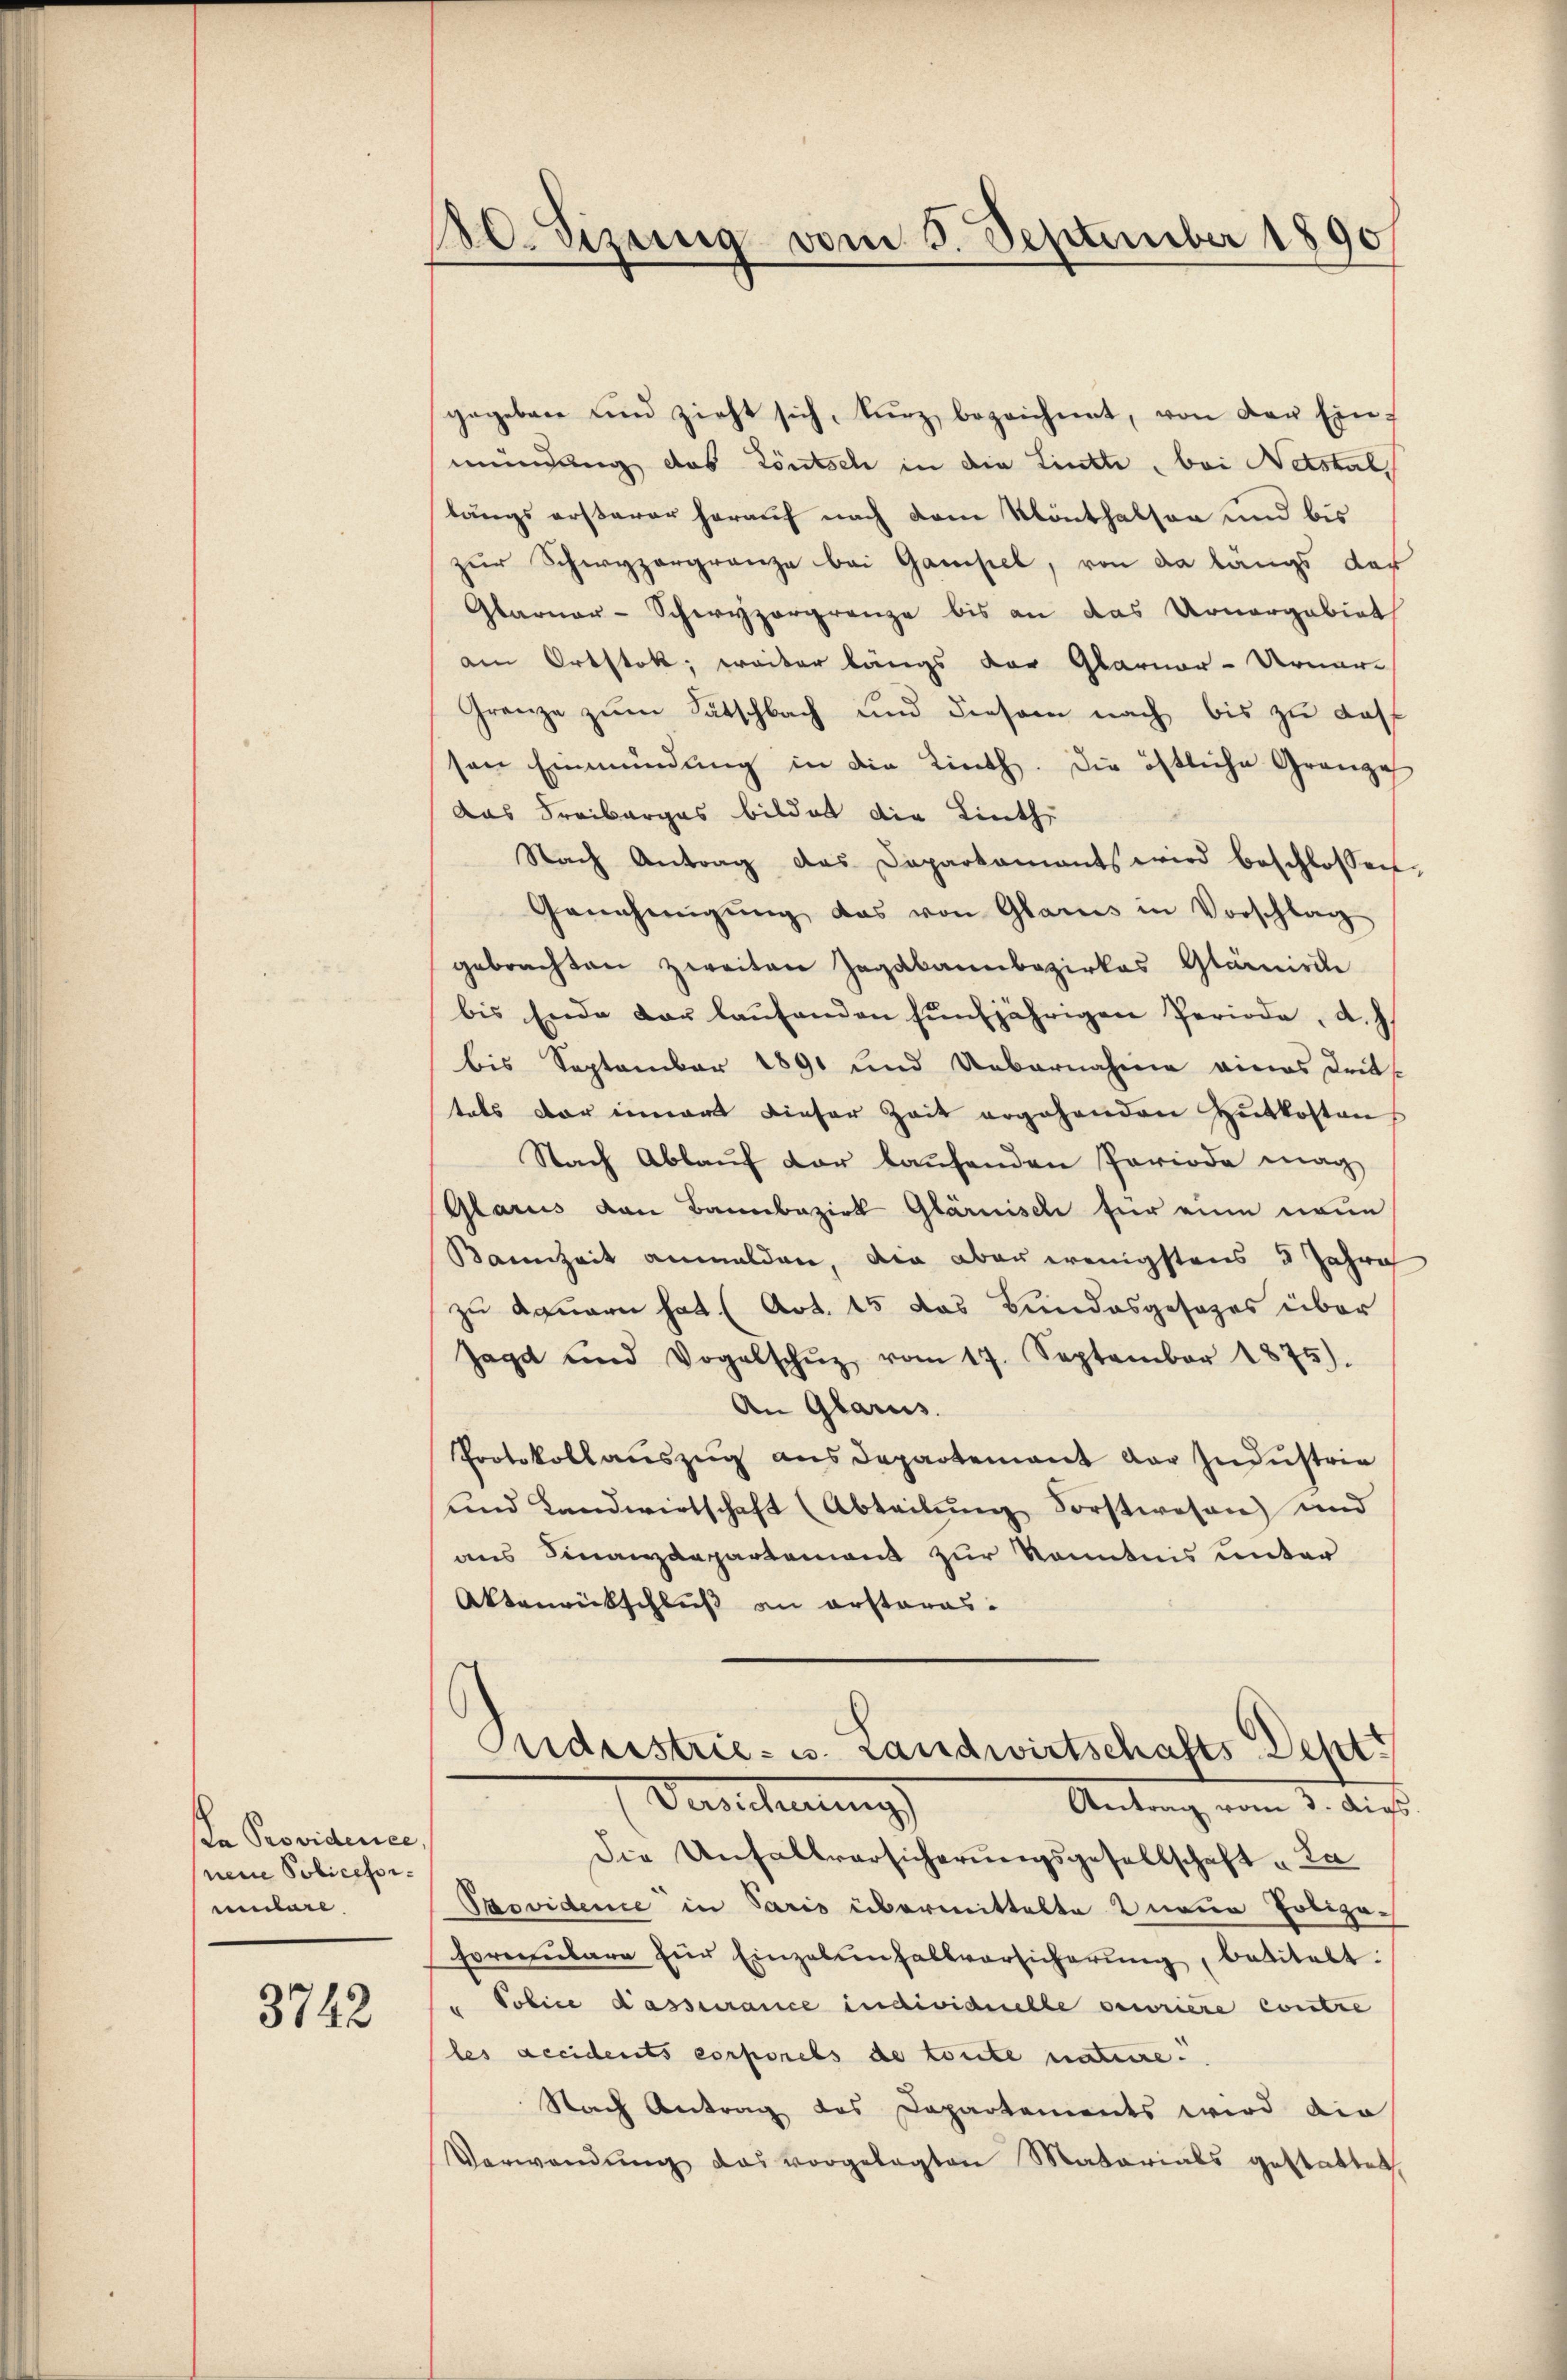
a Providence,
neue Policefor-
ulare

8742

120. Sizung vom 5. September 1890

gegeben und zieht sich, kŭrz, bezeichnet, von der Ein-
mündung das Röntsch in die Lintte, bei Netstal
längs ersterer herauf nach dem Klönthalsen und bis
zur Schwyzergränze bei Gamsiel, von da längs der
Glarner-Schwyzergrenze bis an das Arnorgabiet
am Ortstok; weiter längs der Glarner-Urnar-
Grenze zum Sätschbach und diesem nach bis zu das
sen Einmündung in die Linth. Die östliche Gränze
Das Freiberges bildet die Linthe
Nach Antrag das Departamants wird beschlossen,
Genehmigŭng das von Glarus in Vorschlag
gebrachten zweiten Zagabarbezirkes Glännische
bis Ende der laŭfenden fünfjährigen Periode, d. J.
bis September 1891 und Uebernahme eines Dritts-
tats der innert dieser Zeit ergehenden Zutkosten
Nach Ablauf der laufenden Periode mag
Glarus von Bannbeziel Glarnisch für eine neue
Bannzeit anmelden, die aber wenigstens 3 Jahre
zu dauern hat (Art. 15 das Bundesgesezes über
sage und Vogelschŭz vom 17. September 1875).
An Glarus.
Protokollaŭszŭg ans Departement der Indŭstrie
und Landwirtschaft (Abteilŭng Forstwesen und
aus Finanzdepartement zur Kenntnis unter
Aktenrückschluß an ersteres.

Andristrie- u. Landwirtschafts Deptt
Vasilierung
Antrag vom 3. Augs

Die Unfallversicherungsgesellschaft „La
Providene in Paris übermittelte neue Polizeformŭlare für Einzelenfallversicherŭng, betitelt:
" Police dassurance individuelle verriere contre
les accidents corporels de toute nature.
Nach Antrag des Departements wird die
Verwendŭng das vorgelegten Matarials gestattet,